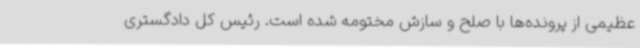
عظیمی از پرونده‌ها با صلح و سازش مختومه شده است. رئیس کل دادگستری